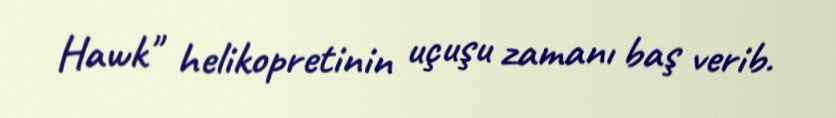
Hawk" helikopretinin uçuşu zamanı baş verib.